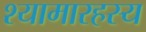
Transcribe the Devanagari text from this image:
श्यामारहस्य